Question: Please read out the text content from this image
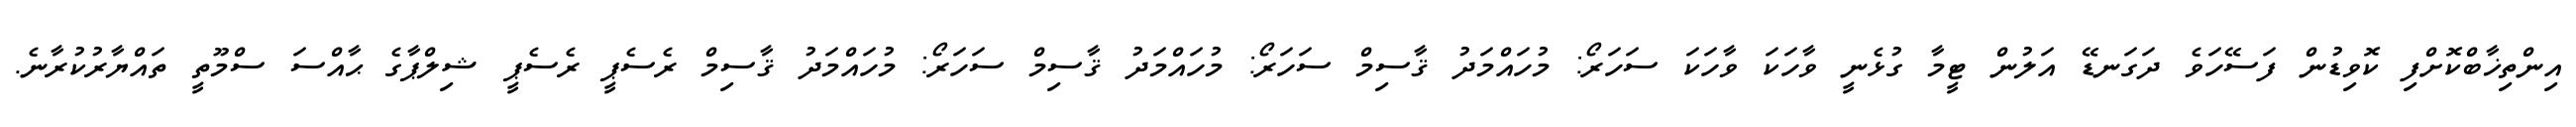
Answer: އިންތިޚާބްކޮށްފި ކޮވިޑުން ފަސޭހަވެ ދަގަނޑޭ އަލުން ޓީމާ ގުޅެނީ ވާހަކަ ވާހަކަ ސަހަރޯ: މުހައްމަދު ޤާސިމް ސަހަރޯ: މުހައްމަދު ޤާސިމް ސަހަރޯ: މުހައްމަދު ޤާސިމް ރެސެޕީ ރެސެޕީ ޝިލްޕާގެ ޙާއްސަ ސްމޫތީ ތައްޔާރުކުރާނެ.